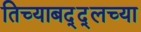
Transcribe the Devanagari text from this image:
तिच्याबद्द्लच्या